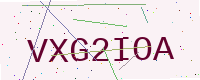
Text: VXG2IOA